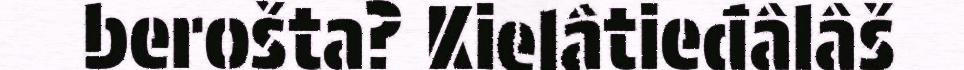
berošta? Kielâtieđâlâš